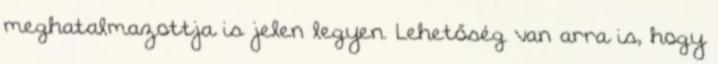
meghatalmazottja is jelen legyen. Lehetőség van arra is, hogy